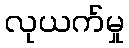
လုယက်မှု